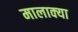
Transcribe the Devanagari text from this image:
मालाक्‍या